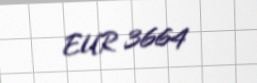
EUR 3664